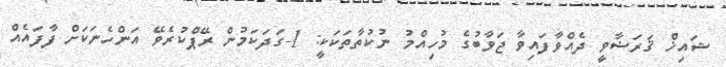
ޝައިޚް ޤަރަޟާވީ ދެއްވާފައިވާ ޖަވާބުގެ މުހިއްމު ނުކުތާތަކަކީ: 1-ގަދަކަމުން ރޭޕްކުރެވޭ އަންހެނަކަށް ފާފައެއް